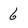
Character: 6